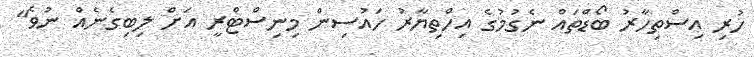
ހުރި އިސްތިހާރު ބޯޑްތައް ނެގުމުގެ އިހްތިޔާރު ހައުސިން މިނިސްޓްރީ އަށް ލިބިގެނެއް ނުވެ"